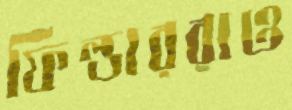
ফিল্ডাররাও